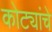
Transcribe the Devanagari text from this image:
कोट्यांचे